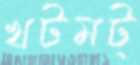
খটমট্‌